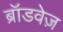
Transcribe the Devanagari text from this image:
ब्रॉडवेज़